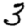
Digit: 3